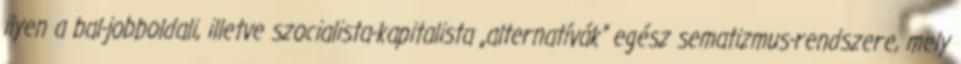
ilyen a bal-jobboldali, illetve szocialista-kapitalista „alternatívák” egész sematizmus-rendszere, mely